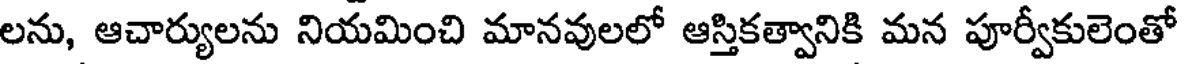
లను, ఆచార్యులను నియమించి మానవులలో ఆస్తికత్వానికి మన పూర్వీకులెంతో